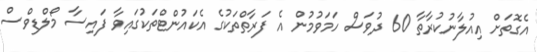
އެގޮތަށް އިއުލާނުކުރާތާ 60 ދުވަސް ހަމަވުމުން އެ ފަރާތްތަކުގެ އެކައުންޓްތަކުގައިވާ ފައިސާ މޯލްޑިވްސް